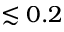
\lesssim 0 . 2